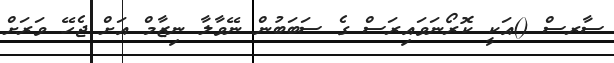
ސާރސް ()އަކީ ކޮރޯނަވައިރަސް ގެ ސަބަބުން ނޭވާލާ ނިޒާމް އަށް ޖެހޭ ވަރަށް